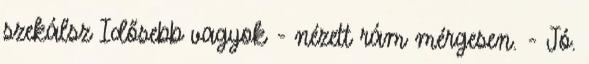
szekálsz Idősebb vagyok - nézett rám mérgesen. - Jó.